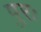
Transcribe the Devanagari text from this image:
पुरः